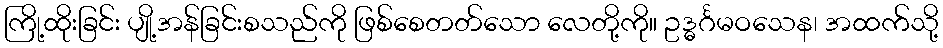
ကြို့ထိုးခြင်း ပျို့အန်ခြင်းစသည်ကို ဖြစ်စေတတ်သော လေတို့ကို။ ဥဒ္ဓင်္ဂမဝသေန၊ အထက်သို့